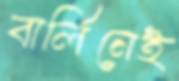
বার্লিনেই